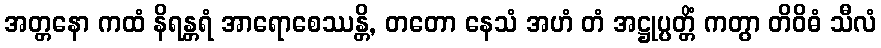
အတ္တနော ကထံ နိရန္တရံ အာရောစေဿန္တိ, တတော နေသံ အဟံ တံ အဋ္ဌုပ္ပတ္တိံ ကတွာ တိဝိဓံ သီလံ